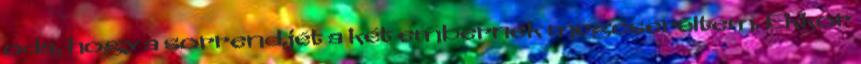
oda, hogy a sorrendjét a két embernek megcseréltem. Ekkor